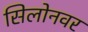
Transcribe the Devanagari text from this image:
सिलोनवर